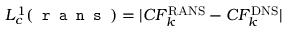
L _ { c } ^ { 1 } ( \texttt { r a n s } ) = \lvert C F _ { k } ^ { \mathrm { R A N S } } - C F _ { k } ^ { \mathrm { D N S } } \rvert